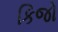
કિજો